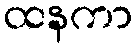
ထနကာ